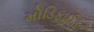
મોડિફાઈડ